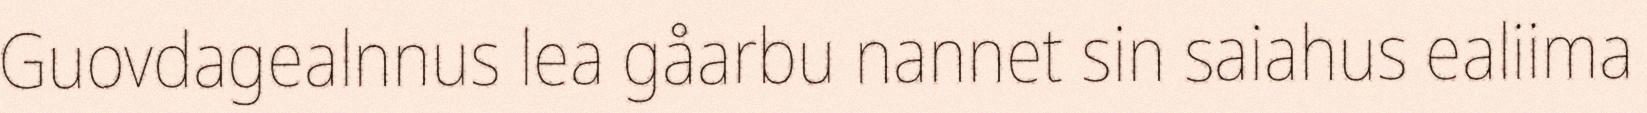
Guovdagealnnus lea gåarbu nannet sin saiahus ealiima